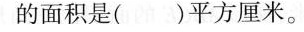
的面积是( )平方厘米。